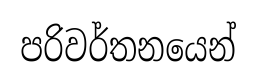
පරිවර්තනයෙන්